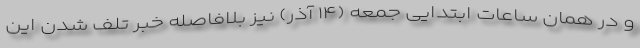
و در همان ساعات ابتدایی جمعه (۱۴ آذر) نیز بلافاصله خبر تلف شدن این